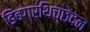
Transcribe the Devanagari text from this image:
डिंबग्रंथिच्छेदन